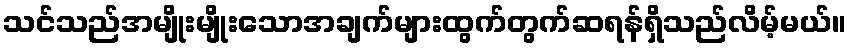
သင်သည်အမျိုးမျိုးသောအချက်များထွက်တွက်ဆရန်ရှိသည်လိမ့်မယ်။